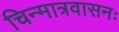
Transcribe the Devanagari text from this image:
चिन्मात्रवासनः